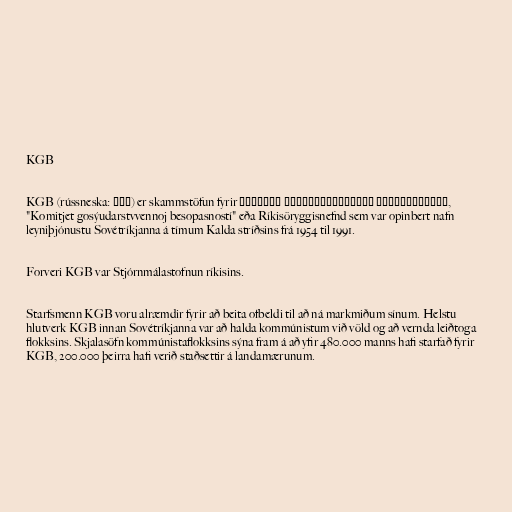
KGB

KGB (rússneska: КГБ) er skammstöfun fyrir Комитет государственной безопасности,
"Komitjet gosýudarstvvennoj besopasností" eða Ríkisöryggisnefnd sem var opinbert nafn
leyniþjónustu Sovétríkjanna á tímum Kalda stríðsins frá 1954 til 1991.

Forveri KGB var Stjórnmálastofnun ríkisins.

Starfsmenn KGB voru alræmdir fyrir að beita ofbeldi til að ná markmiðum sínum. Helstu
hlutverk KGB innan Sovétríkjanna var að halda kommúnistum við völd og að vernda leiðtoga
flokksins. Skjalasöfn kommúnistaflokksins sýna fram á að yfir 480.000 manns hafi starfað fyrir
KGB, 200.000 þeirra hafi verið staðsettir á landamærunum.